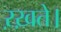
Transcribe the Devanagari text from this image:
ऱख़ते।